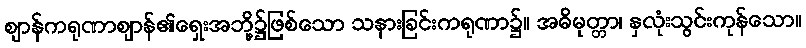
ဈာန်ကရုဏာဈာန်၏ရှေးအဘို့၌ဖြစ်သော သနားခြင်းကရုဏာ၌။ အဓိမုတ္တာ၊ နှလုံးသွင်းကုန်သော။